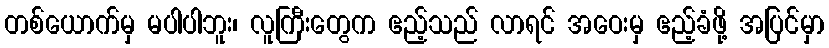
တစ်ယောက်မှ မပါပါဘူး၊ လူကြီးတွေက ဧည့်သည် လာရင် အဝေးမှ ဧည့်ခံဖို့ အပြင်မှာ